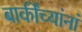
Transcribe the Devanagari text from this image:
बाकींच्यांनां